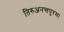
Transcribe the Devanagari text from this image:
तिरुअनन्तपुरम।